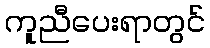
ကူညီပေးရာတွင်